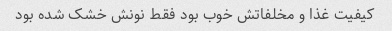
کیفیت غذا و مخلفاتش خوب بود فقط نونش خشک شده بود